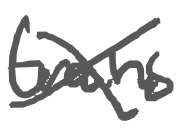
Text: trains
Cross-out: cross
Writing tool: digital_gray